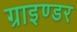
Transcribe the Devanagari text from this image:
ग्राइण्डर